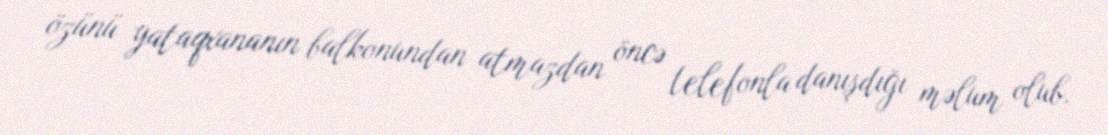
özünü yataqxananın balkonundan atmazdan öncə telefonla danışdığı məlum olub.